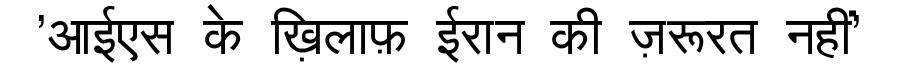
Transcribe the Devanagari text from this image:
'आईएस के ख़िलाफ़ ईरान की ज़रूरत नहीं'